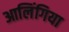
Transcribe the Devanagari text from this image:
आलिंगिया